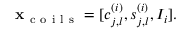
\mathbf x _ { \mathrm { ~ c ~ o ~ i ~ l ~ s ~ } } = [ c _ { j , l } ^ { ( i ) } , s _ { j , l } ^ { ( i ) } , I _ { i } ] .